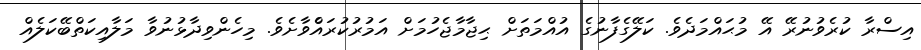
އިސްރާ ކުރެވުނުރޭ އޭ މުޙައްމަދެވެ. ކަލޭގެފާނުގެ އުއްމަތަށް ޙިޖާމާޖެހުމަށް އަމުރުކުރައްެވާށެވެ. މިހެންވިދާޅުނުވާ މަލާއިކަތްބޭކަލެއް